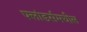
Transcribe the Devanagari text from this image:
फ्लांडर्समधील